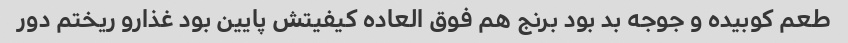
طعم کوبیده و جوجه بد بود برنج هم فوق العاده کیفیتش پایین بود غذارو ریختم دور